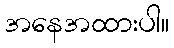
အနေအထားပါ။